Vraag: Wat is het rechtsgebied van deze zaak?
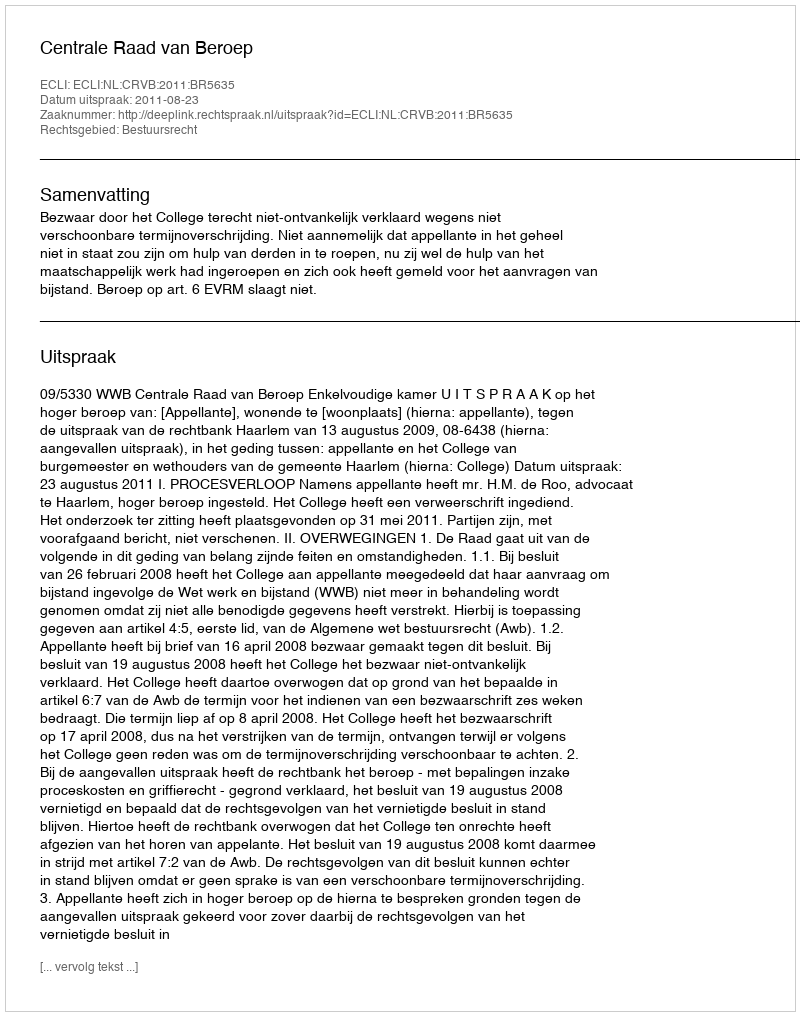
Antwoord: Bestuursrecht